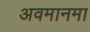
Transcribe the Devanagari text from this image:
अवमानमा